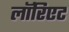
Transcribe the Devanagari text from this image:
लॉरिएट